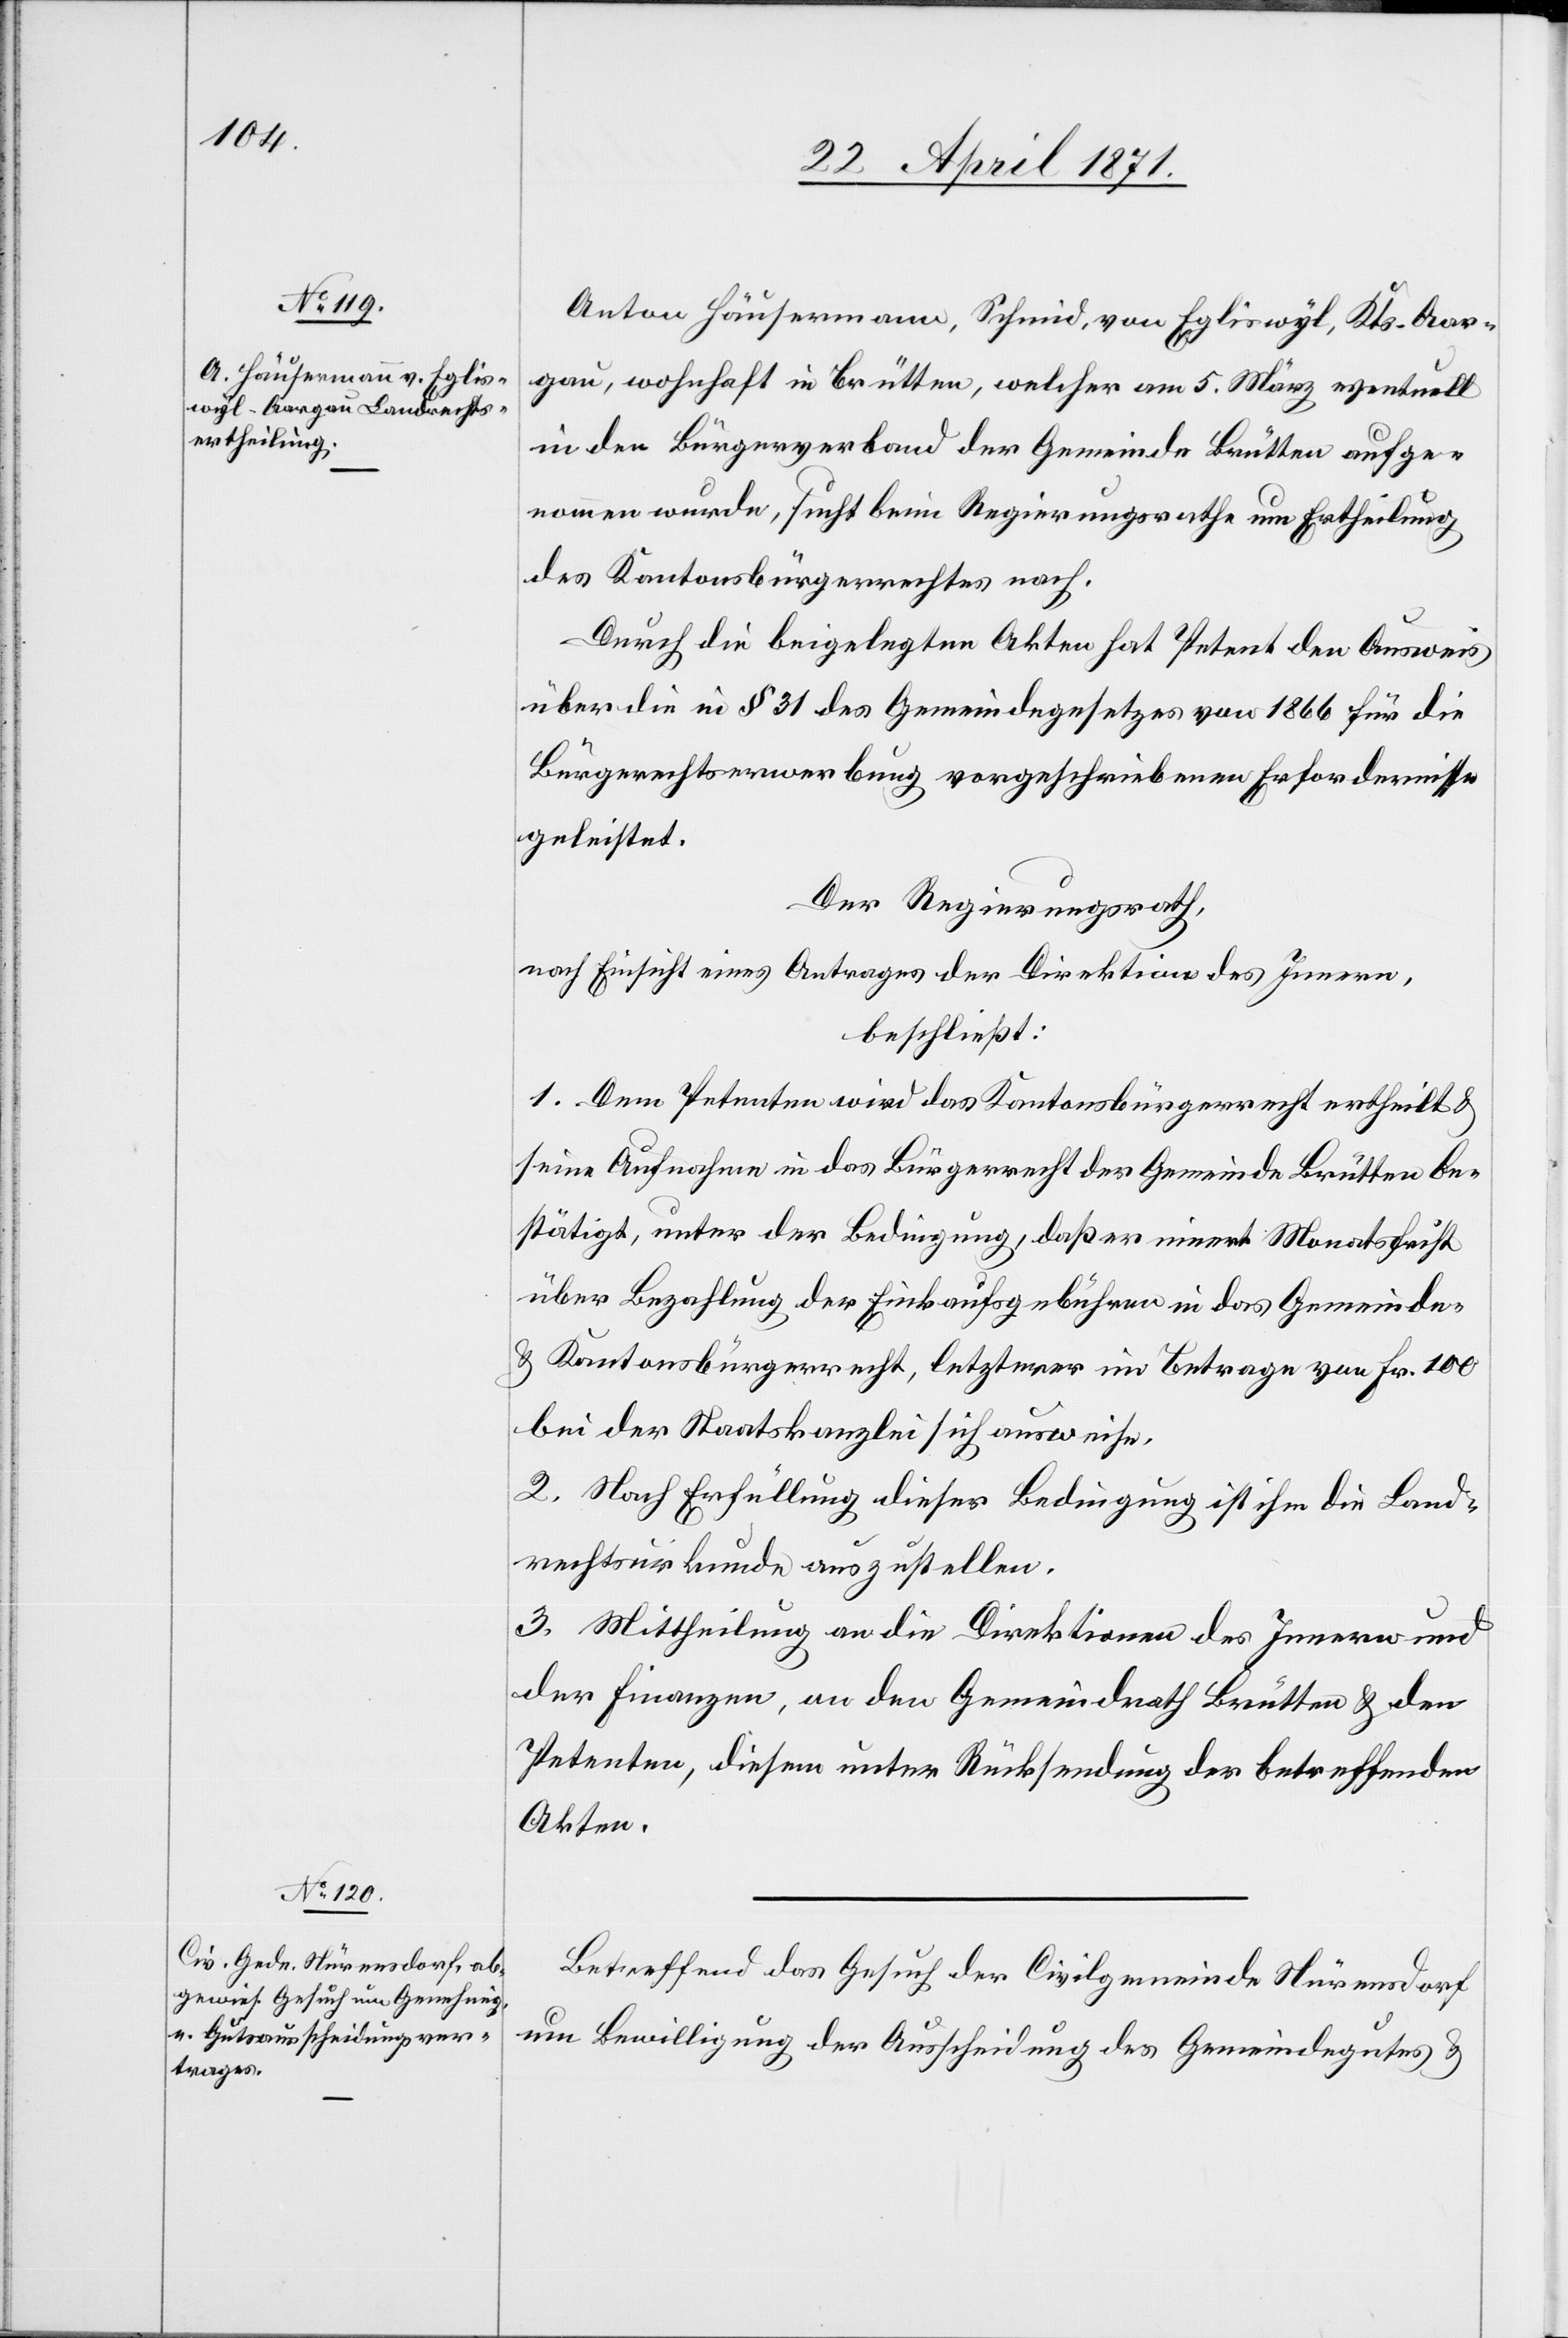
Anton Häusermann, Schmid, von Egliswyl, Kts. Aar¬
gau, wohnhaft in Brütten, welcher am 5. März eventuell
in den Bürgerverband der Gemeinde Brütten aufge¬
nommen wurde, sucht beim Regierungsrathe um Ertheilung
des Kantonsbürgerrechtes nach.
Durch die beigelegten Akten hat Petent den Ausweis
über die in § 31 des Gemeindegesetzes von 1866 für die
Bürgerrechtserwerbung vorgeschriebenen Erfordernisse
geleistet.
Der Regierungsrath,
nach Einsicht eines Antrages der Direktion des Innern,
beschließt:
1. Dem Petenten wird das Kantonsbürgerrecht ertheilt u.
seine Aufnahme in das Bürgerrecht der Gemeinde Brütten be¬
stätigt, unter der Bedingung, daß er innert Monatsfrist
über Bezahlung der Einkaufsgebühren in das Gemeinde-
u. Kantonsbürgerrecht, letzterer im Betrage von Fr. 100
bei der Staatskanzlei sich ausweise.
2. Nach Erfüllung dieser Bedingung ist ihm die Land¬
rechtsurkunde auszustellen.
3. Mittheilung an die Direktion des Innern und
der Finanzen, an den Gemeindrath Brütten u. den
Petenten, diesem unter Rücksendung der betreffenden
Akten.
Betreffend das Gesuch der Civilgemeinde Nürensdorf
um Bewilligung der Ausscheidung des Gemeindegutes u.